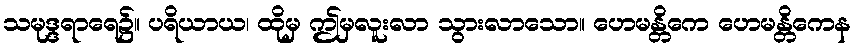
သမုဒ္ဒရာရေ၌။ ပရိယာယ၊ ထိုမှ ဤမှလူးလာ သွားလာသော။ ဟေမန္တိကေ ဟေမန္တိကေန